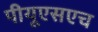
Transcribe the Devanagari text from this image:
पीयूएसएच